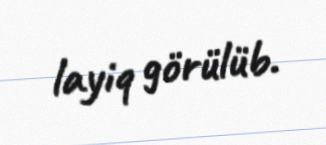
layiq görülüb.